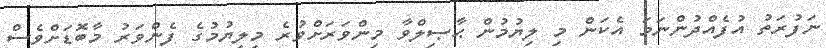
ނަފުރަތު އުފެއްދުންނަމަ އެކަން މި ލިޔުމުން ޙާޞިލްވާ މިންވަރަށްވުރެ މިލިޔުމުގެ ފެންވަރު މާބޮޑަށްވެސް